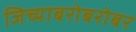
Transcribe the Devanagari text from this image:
जिच्याबरोबरोबर